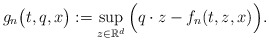
\begin{align*}g_n\big(t,q,x\big):=\sup_{z\in \mathbb{R}^d}\Big( q\cdot z - f_n(t,z,x)\Big).\end{align*}